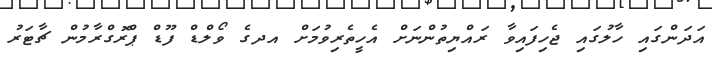
އަދަންގައި ހާލުގައި ޖެހިފައިވާ ރައްޔިތުންނަށް އެހީތެރިވުމަށް އދގެ ވޯލްޑް ފޫޑް ޕްރޮގްރާމުން ޗާޓަރު